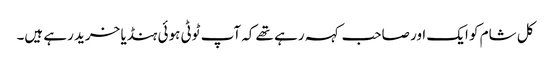
کل شام کو ایک اور صاحب کہہ رہے تھے کہ آپ ٹوٹی ہوئی ہنڈیا خرید رہے ہیں۔